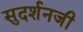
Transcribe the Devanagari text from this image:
सुदर्शनजी